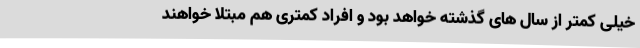
خیلی کمتر از سال های گذشته خواهد بود و افراد کمتری هم مبتلا خواهند